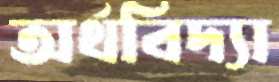
অর্থবিদ্যা